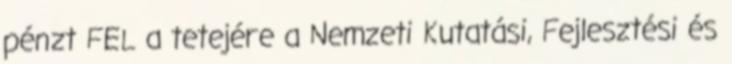
pénzt FEL a tetejére a Nemzeti Kutatási, Fejlesztési és